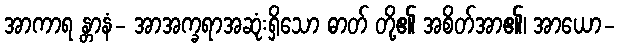
အာကာရ န္တာနံ- အာအက္ခရာအဆုံးရှိသော ဓာတ် တို့၏ အစိတ်အာ၏၊ အာယော-